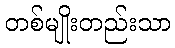
တစ်မျိုးတည်းသာ